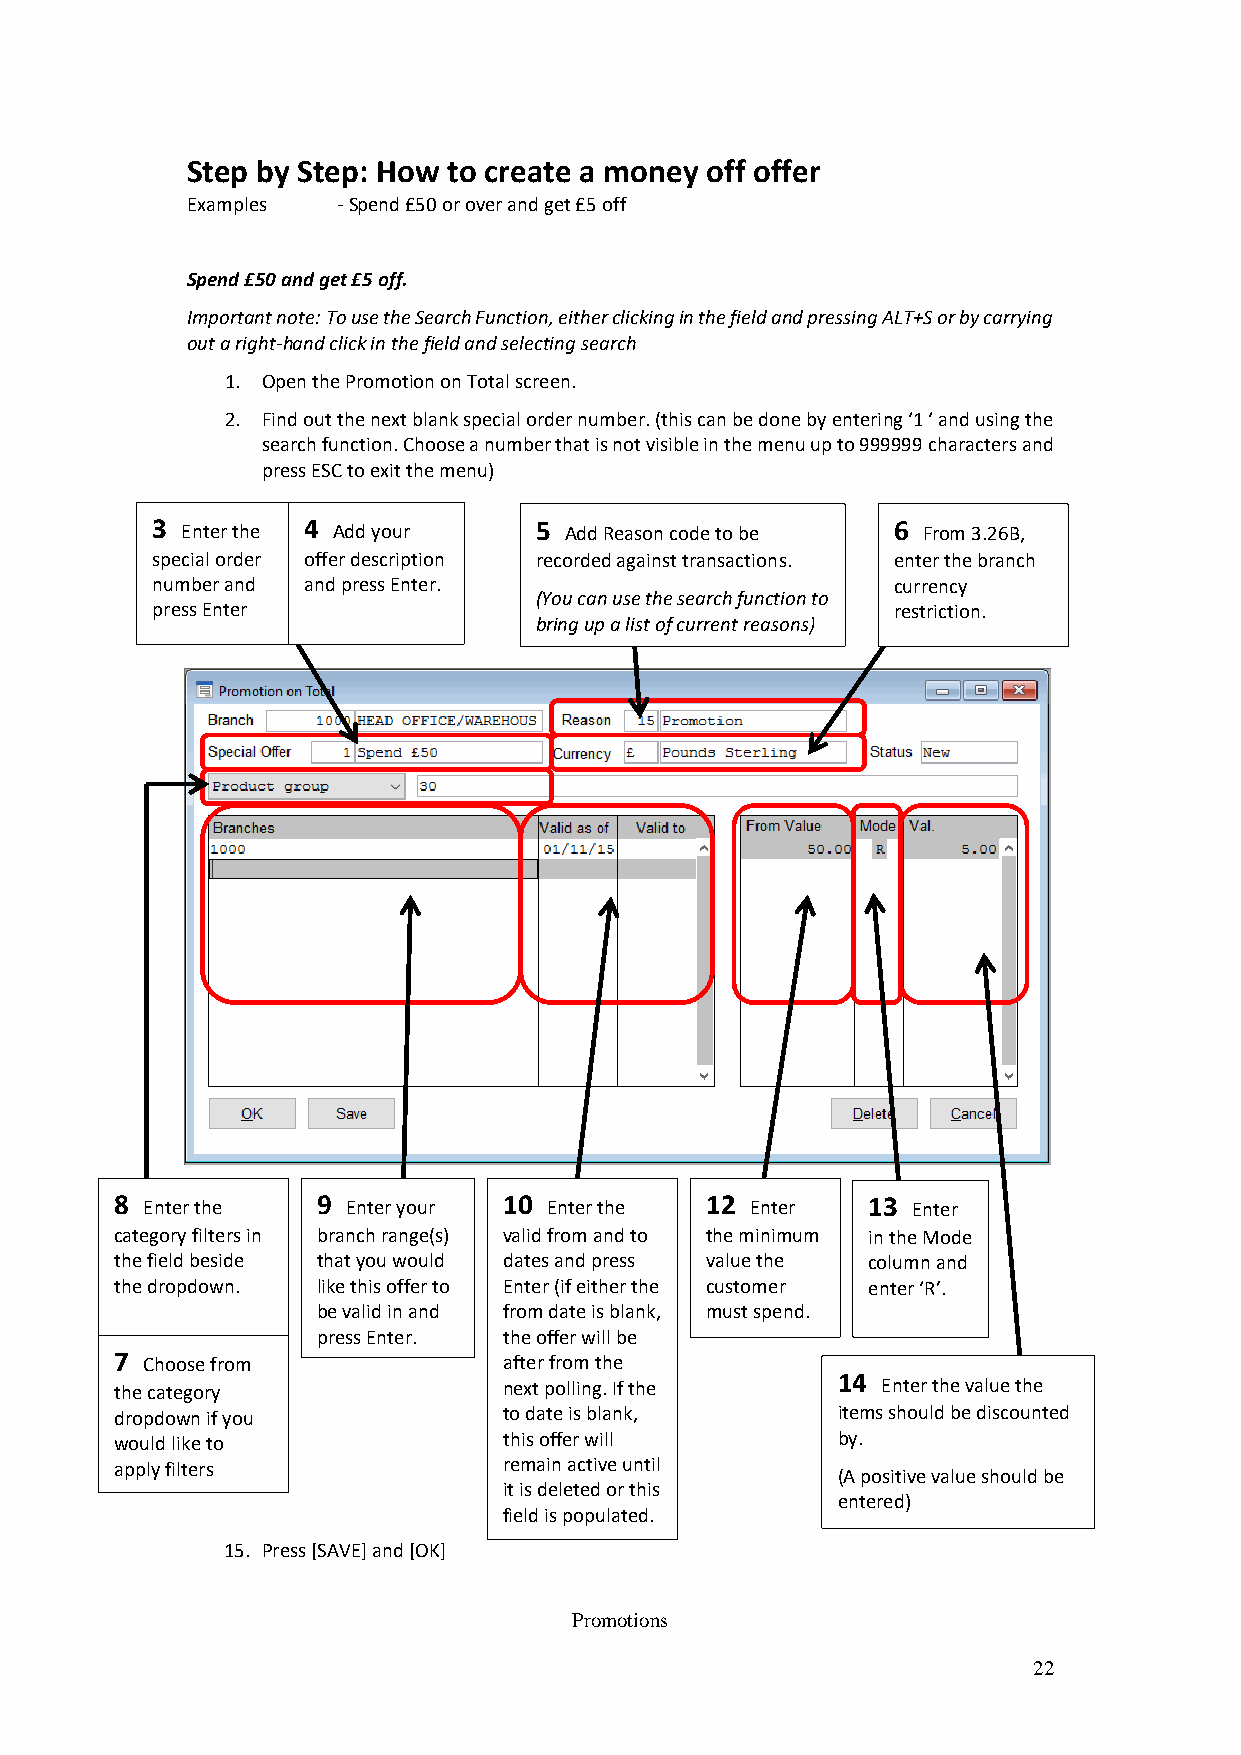
Step by Step: How to create a money off offer
 Examples  - Spend £50 or over and get £5 off
 Spend £50 and get £5 off.
 Important note: To use the Search Function, either clicking in the field and pressing ALT+S or by carrying
 out a right-hand click in the field and selecting search
 1. Open the Promotion on Total screen.
 2. Find out the next blank special order number. (this can be done by entering ‘1 ‘ and using the
 search function. Choose a number that is not visible in the menu up to 999999 characters and
 press ESC to exit the menu)
 3 Enter the 4 Add your   5 Add Reason code to be 6 From 3.26B,
 special order offer description recorded against transactions. enter the branch
 num ber and and press Enter.                     currency
 (You can use the search function to
 press Enter                                      restriction.
 bring up a list of current reasons)
 8 Enter the  9 Enter your 10 Enter the 12 Enter  13 Enter
 category filters in branch range(s) valid from and to the minimum in the Mode
 the field beside that you would dates and press value the column and
 the dropdown. like this offer to Enter (if either the customer enter ‘R’.
 be valid in and from date is blank, must spend.
 press Enter. the offer will be
 7 Choose from            after from the
 the categ ory            next polling. If the
 14
 Enter the value the
 dropdow n if you         to date is blank,     items should be discounted
 would like to            this offer will       by.
 apply filters            remain active until
 (A positive value should be
 it is deleted or this
 entered)
 field is populated.
 15. Press [SAVE] and [OK]
 Promotions
 22